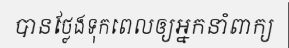
បានថ្លែងទុកពេលឲ្យអ្នកនាំពាក្យ